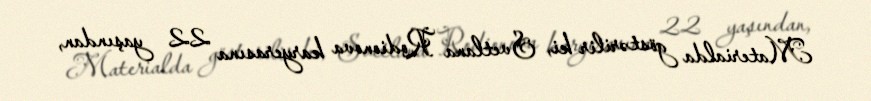
Materialda göstərilir ki, Svetlana Rodionova karyerasına 22 yaşından,